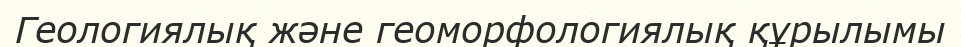
Геологиялық және геоморфологиялық құрылымы